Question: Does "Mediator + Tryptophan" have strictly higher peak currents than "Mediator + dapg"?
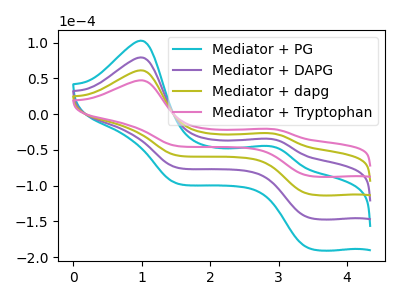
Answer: <think>The cyan curve "Mediator + PG" has anodic peaks at (1.00V, 183.45uA) (2.85V, -79.95uA) and cathodic peaks at (3.45V, -335.35uA) (1.50V, -173.05uA). The purple curve "Mediator + DAPG" has anodic peaks at (1.00V, 122.30uA) (2.85V, -53.30uA) and cathodic peaks at (3.45V, -223.55uA) (1.50V, -115.35uA). The olive curve "Mediator + dapg" has anodic peaks at (1.00V, 61.15uA) (2.85V, -26.65uA) and cathodic peaks at (3.45V, -111.80uA) (1.50V, -57.70uA). The pink curve "Mediator + Tryptophan" has anodic peaks at (1.00V, 47.20uA) (2.85V, -20.60uA) and cathodic peaks at (3.45V, -86.30uA) (1.50V, -44.55uA).</think>
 <answer>The peaks in "Mediator + Tryptophan" are neither all higher or all lower than the peaks in "Mediator + dapg".</answer>
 <eval>mixed</eval>